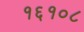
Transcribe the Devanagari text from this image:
१६१०८